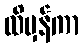
ထိမှန်ကာ